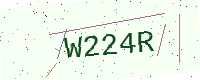
Text: W224R